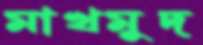
মাখমুদ